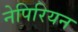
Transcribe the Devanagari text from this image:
नेपिरियन